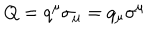
Q = q ^ { \mu } \sigma _ { \mu } = q _ { \mu } \sigma ^ { \mu }